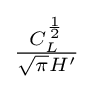
{\textstyle {\frac {C_{L}^{\frac {1}{2}}}{{\sqrt {\pi }}H'}}}